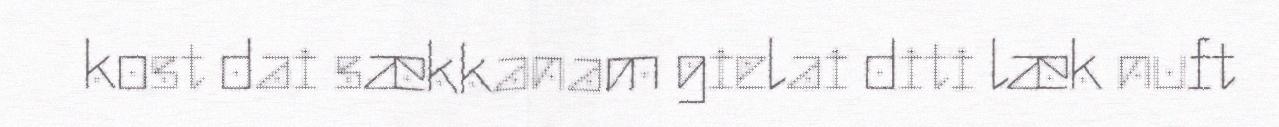
kost dai sækkanam gielai diti læk nuft